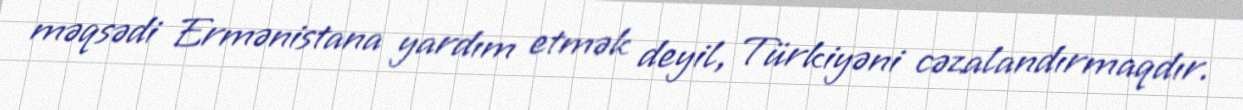
məqsədi Ermənistana yardım etmək deyil, Türkiyəni cəzalandırmaqdır.